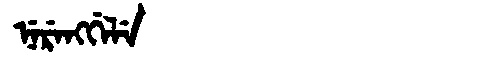
Manchu: ᠨᡝᡵᡝᠩᡤᡝᠯᡝ
Romanization: NERENGGELE